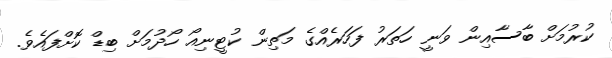
ކުރުމަށް ބާސާއިން ވަނީ ހަތަރު ފަހަރެއްގެ މަތިން ކުޓީނިއޯ ހޯދުމަށް ބިޑް ކޮށްފައެވެ.